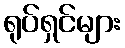
ရုပ်ရှင်များ